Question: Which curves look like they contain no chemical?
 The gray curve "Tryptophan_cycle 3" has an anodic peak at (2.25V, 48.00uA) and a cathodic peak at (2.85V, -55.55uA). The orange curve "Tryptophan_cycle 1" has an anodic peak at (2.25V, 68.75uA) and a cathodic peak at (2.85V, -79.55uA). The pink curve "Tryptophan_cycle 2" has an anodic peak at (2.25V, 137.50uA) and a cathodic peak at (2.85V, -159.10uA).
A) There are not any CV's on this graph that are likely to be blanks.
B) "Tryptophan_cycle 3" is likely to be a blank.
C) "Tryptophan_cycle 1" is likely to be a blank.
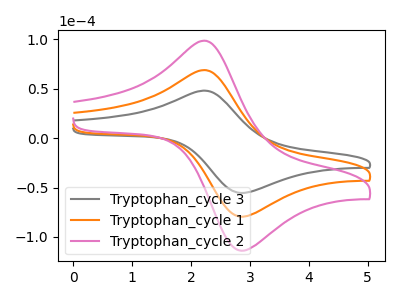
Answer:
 <answer>A) There are not any CV's on this graph that are likely to be blanks.</answer>
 <eval>A</eval>